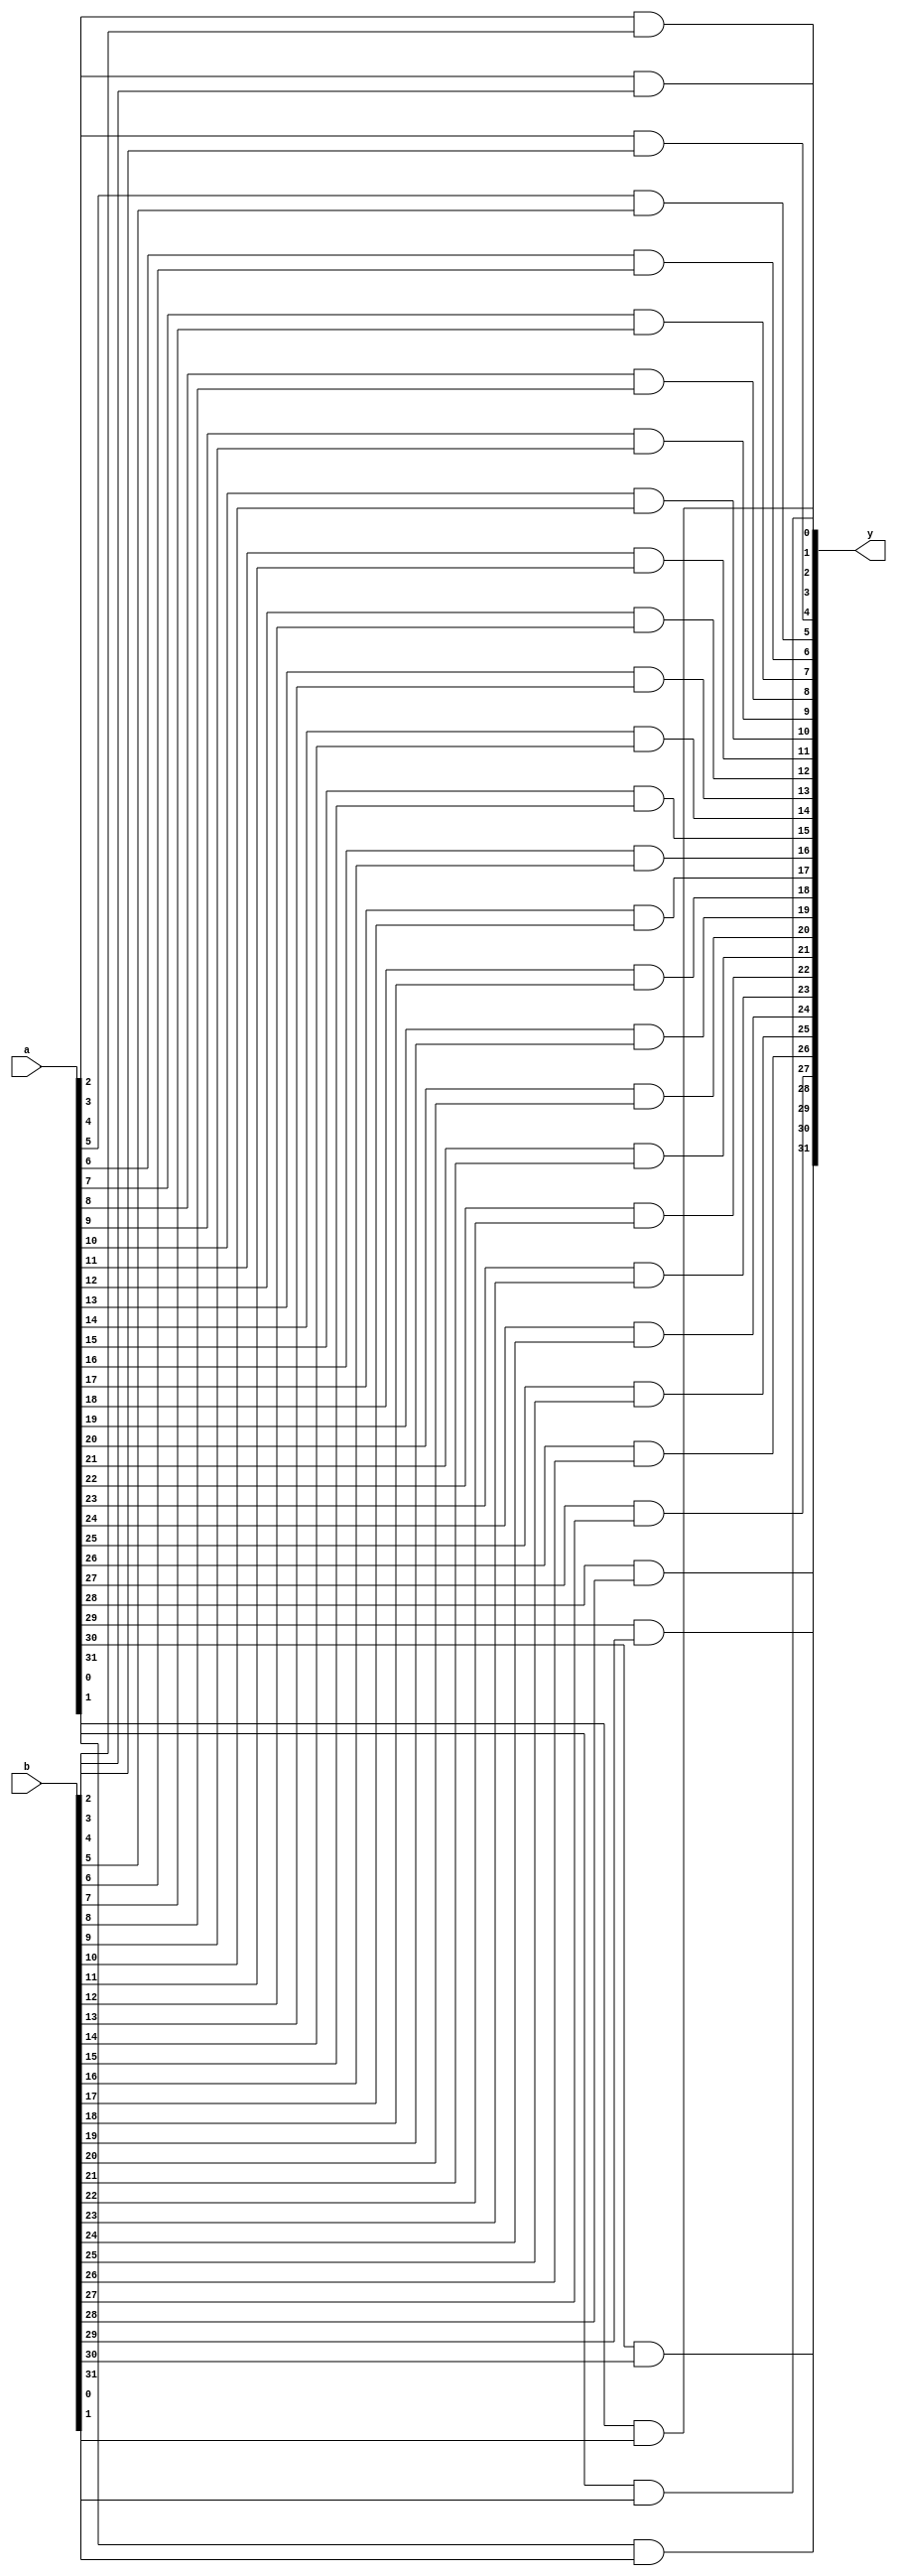
module and_gate(
    input [31:0] a,
    input [31:0] b,
    output [31:0] y
);

    
    and and_gate_0(y[0], a[0], b[0]);
    and and_gate_1(y[1], a[1], b[1]);
	 and and_gate_2(y[2], a[2], b[2]);
	 and and_gate_3(y[3], a[3], b[3]);
	 and and_gate_4(y[4], a[4], b[4]);
	 and and_gate_5(y[5], a[5], b[5]);
	 and and_gate_6(y[6], a[6], b[6]);
	 and and_gate_7(y[7], a[7], b[7]);
	 and and_gate_8(y[8], a[8], b[8]);
	 and and_gate_9(y[9], a[9], b[9]);
	 and and_gate_10(y[10], a[10], b[10]);
    and and_gate_11(y[11], a[11], b[11]);
	 and and_gate_12(y[12], a[12], b[12]);
	 and and_gate_13(y[13], a[13], b[13]);
	 and and_gate_14(y[14], a[14], b[14]);
	 and and_gate_15(y[15], a[15], b[15]);
	 and and_gate_16(y[16], a[16], b[16]);
	 and and_gate_17(y[17], a[17], b[17]);
	 and and_gate_18(y[18], a[18], b[18]);
	 and and_gate_19(y[19], a[19], b[19]);
	 and and_gate_20(y[20], a[20], b[20]);
	 and and_gate_21(y[21], a[21], b[21]);
	 and and_gate_22(y[22], a[22], b[22]);
	 and and_gate_23(y[23], a[23], b[23]);
	 and and_gate_24(y[24], a[24], b[24]);
	 and and_gate_25(y[25], a[25], b[25]);
	 and and_gate_26(y[26], a[26], b[26]);
	 and and_gate_27(y[27], a[27], b[27]);
	 and and_gate_28(y[28], a[28], b[28]);
	 and and_gate_29(y[29], a[29], b[29]);
	 and and_gate_30(y[30], a[30], b[30]);
    and and_gate_31(y[31], a[31], b[31]);

endmodule